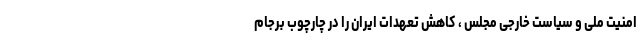
امنیت ملی و سیاست خارجی مجلس ، کاهش تعهدات ایران را در چارچوب برجام